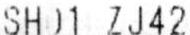
SH01 ZJ42